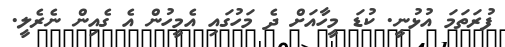
ފުރަތަމަ އުޅުނީ. ކުޑަ މީހާއަށް ދެ މަހުގައި އެމީހުން އެ ގެއިން ނެރެލީ.